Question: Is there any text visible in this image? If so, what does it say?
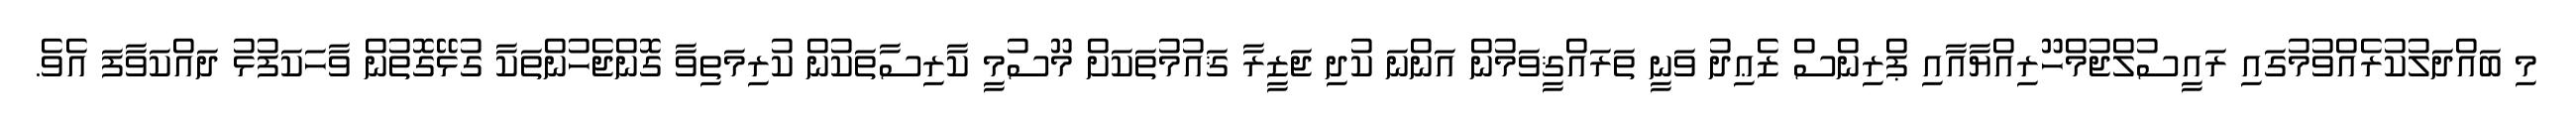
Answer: މި ބައްދަލުކުރެއްވުމުގައި ރައީސުލްޖުމްހޫރިއްޔާއާއި ޕްރިންސް ޒެޢިދު ވަނީ ތަރައްޤީވަމުން އަންނަ ކުދި ޖަޒީރާ ޤައުމުތަކަށް މޫސުމީ ކާރިސާތަކުން ކުރިމަތިވާ ގޮންޖެހުންތަކާ ގުޅޭގޮތުން ވާހަކަފުޅު ދައްކަވާފަ އެވެ.